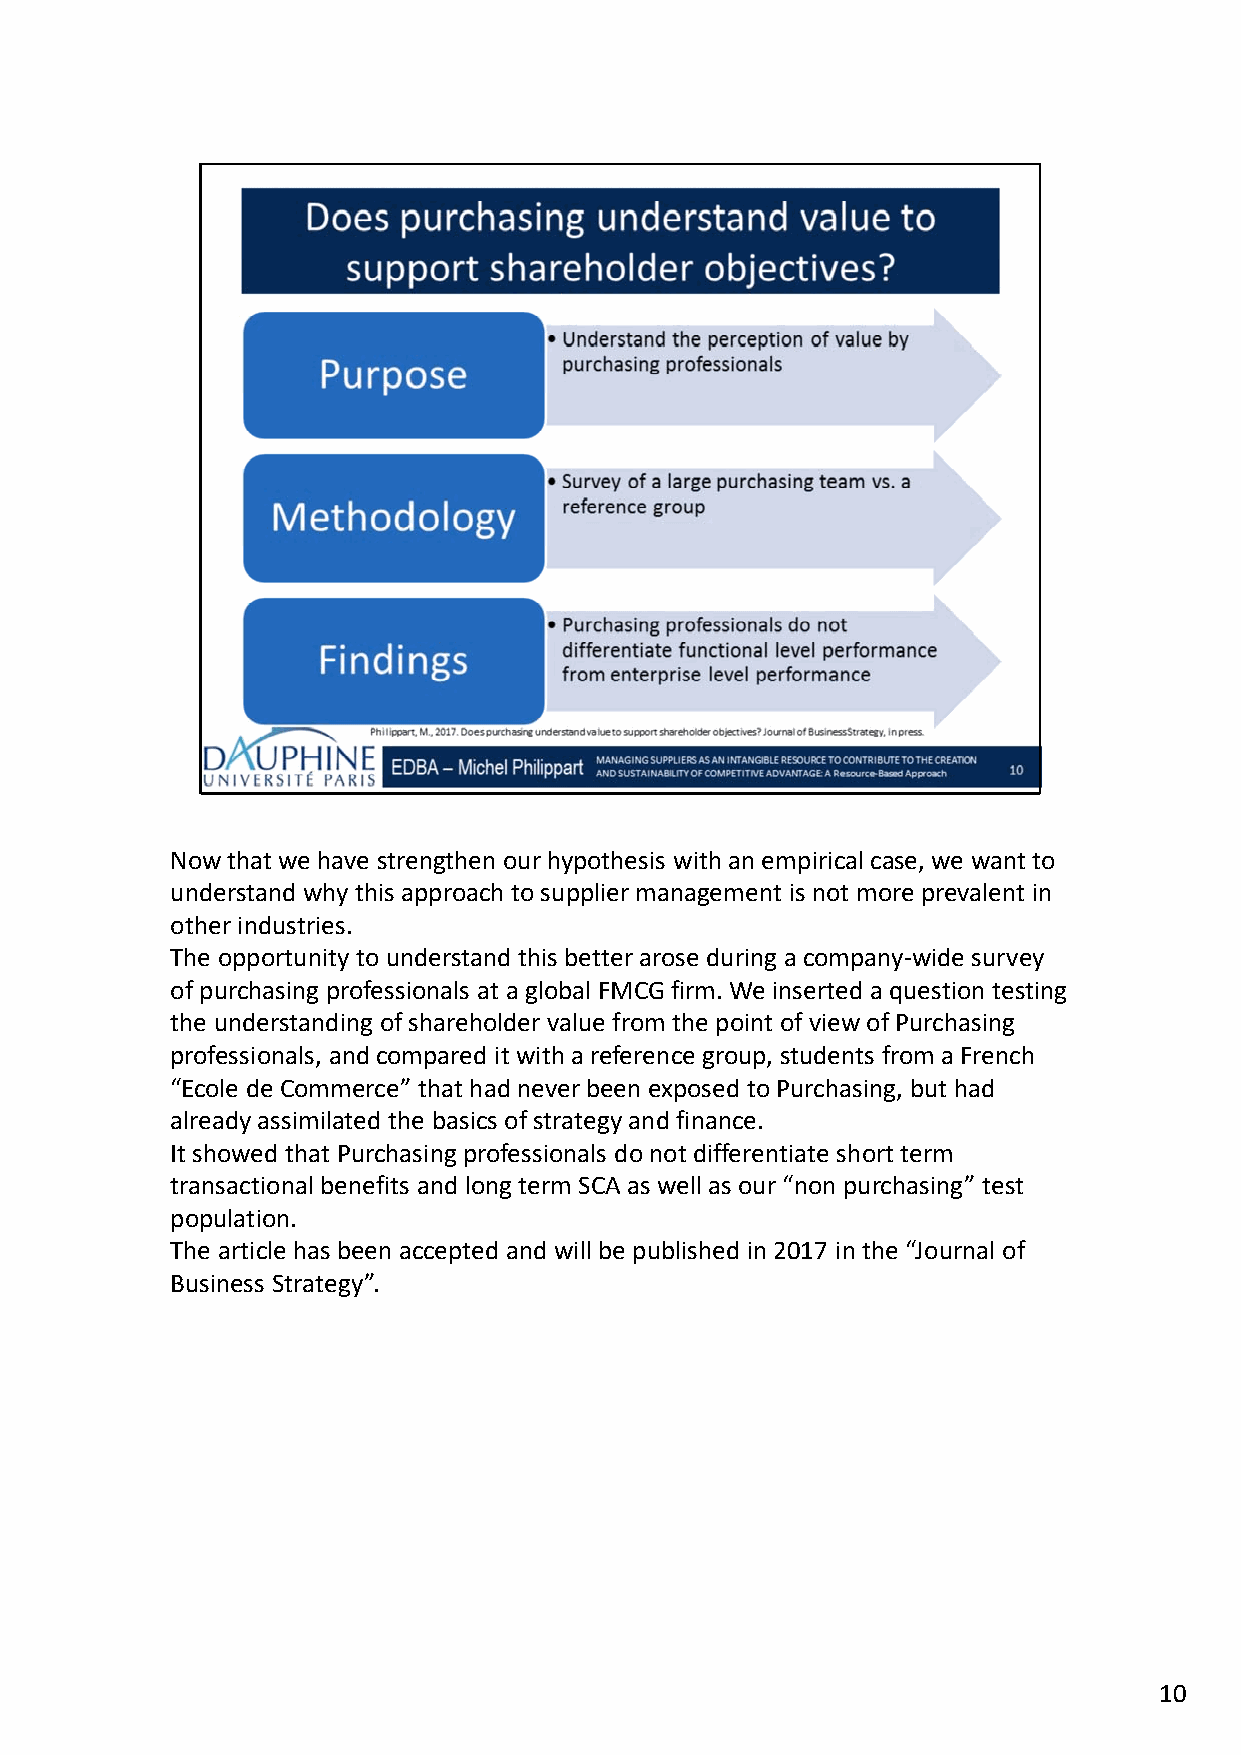
Now that we have strengthen our hypothesis with an empirical case, we want to
 understand why this approach to supplier management is not more prevalent in
 other industries.
 The opportunity to understand this better arose during a company‐wide survey
 of purchasing professionals at a global FMCG firm. We inserted a question testing
 the understanding of shareholder value from the point of view of Purchasing
 professionals, and compared it with a reference group, students from a French
 “Ecole de Commerce” that had never been exposed to Purchasing, but had
 already assimilated the basics of strategy and finance.
 It showed that Purchasing professionals do not differentiate short term
 transactional benefits and long term SCA as well as our “non purchasing” test
 population.
 The article has been accepted and will be published in 2017 in the “Journal of
 Business Strategy”.
 10